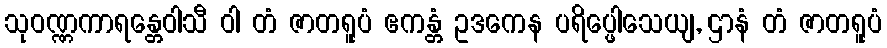
သုဝဏ္ဏကာရန္တေဝါသီ ဝါ တံ ဇာတရူပံ ဧကန္တံ ဥဒကေန ပရိပ္ဖေါသေယျ, ဌာနံ တံ ဇာတရူပံ